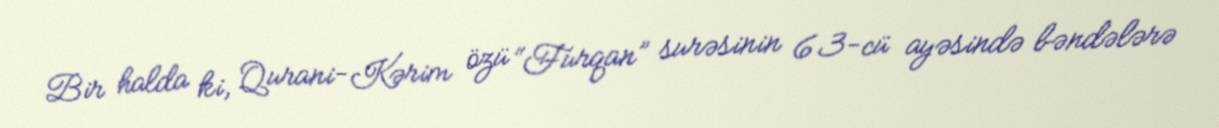
Bir halda ki, Qurani-Kərim özü “Furqan” surəsinin 63-cü ayəsində bəndələrə